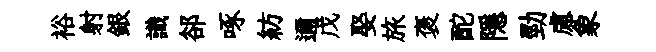
裕射銀識郤啄紡邇戊娶旅褒酡隱勁慮象